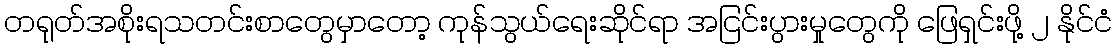
တရုတ်အစိုးရသတင်းစာတွေမှာတော့ ကုန်သွယ်ရေးဆိုင်ရာ အငြင်းပွားမှုတွေကို ဖြေရှင်းဖို့ ၂ နိုင်ငံ